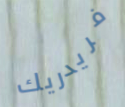
فريدريك